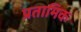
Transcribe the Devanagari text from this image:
प्रतामिक